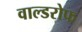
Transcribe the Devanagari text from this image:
वाल्डरोफ